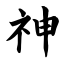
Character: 神